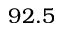
9 2 . 5